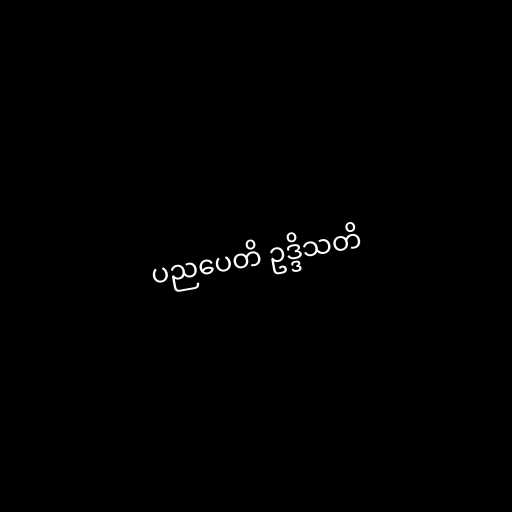
ပညပေတိ ဥဒ္ဒိသတိ